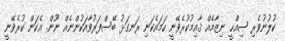
ކުލުނުވެރި ޞިއްޙީ ނިޒާމެއް ޤާއިމުކުރެވޭނީ ހަމައެކަނި ރަނގަޅު ބޭސްފަރުވާއަކުންނެއް ނޫން. އެކަން ކުރެވޭނީ